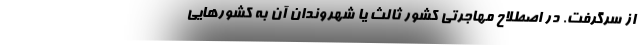
از سرگرفت. در اصطلاح مهاجرتی کشور ثالث یا شهروندان آن به کشورهایی